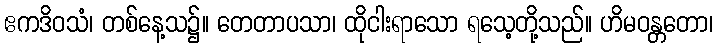
ဧကဒိဝသံ၊ တစ်နေ့သ၌။ တေတာပသာ၊ ထိုငါးရာသော ရသေ့တို့သည်။ ဟိမဝန္တတော၊